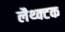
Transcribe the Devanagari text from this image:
लैथ्क्टक